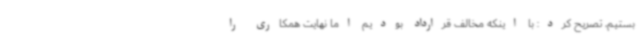
‌بستیم، تصریح کرد: با اینکه مخالف قرارداد بودیم اما نهایت همکاری را